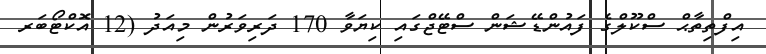
އިފްތިތާޙް ސްކޫލްގެ ފައުންޑޭޝަން ސްޓޭޖްގައި ކިޔަވާ 170 ދަރިވަރުން މިއަދު (12 އޮކްޓޯބަރ